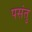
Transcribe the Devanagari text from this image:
पसंतु